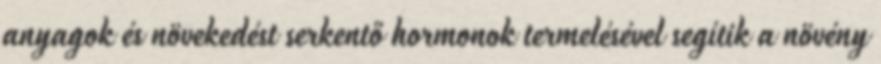
anyagok és növekedést serkentő hormonok termelésével segítik a növény